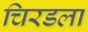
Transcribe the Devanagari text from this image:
चिरडला